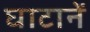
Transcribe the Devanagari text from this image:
घाटानें